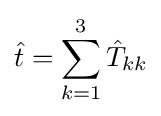
{\hat {t}}=\sum _{k=1}^{3}{\hat {T}}_{kk}